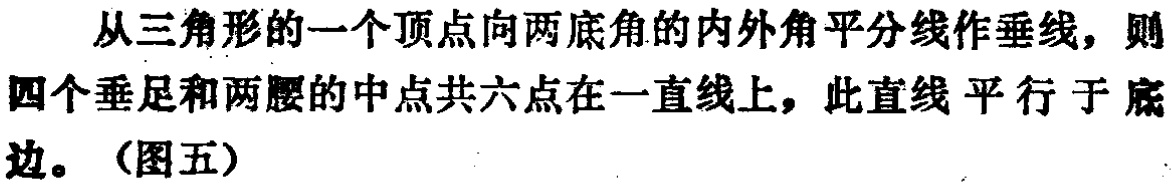
从三角形的一个顶点向两底角的内外角平分线作垂线，则四个垂足和两腰的中点共六点在一直线上，此直线平行于底边。（图五）